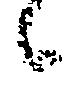
候